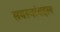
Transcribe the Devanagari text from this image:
समस्यांबद्दल